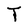
Character: T